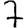
Digit: 7